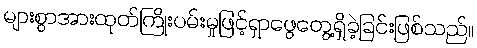
များစွာအားထုတ်ကြိုးပမ်းမှုဖြင့်ရှာဖွေတွေ့ရှိခဲ့ခြင်းဖြစ်သည်။